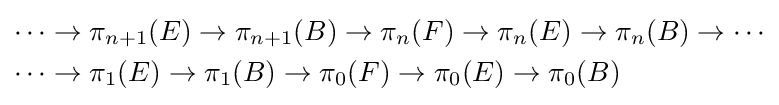
{\begin{aligned}\cdots &\to \pi _{n+1}(E)\to \pi _{n+1}(B)\to \pi _{n}(F)\to \pi _{n}(E)\to \pi _{n}(B)\to \cdots \\\cdots &\to \pi _{1}(E)\to \pi _{1}(B)\to \pi _{0}(F)\to \pi _{0}(E)\to \pi _{0}(B)\end{aligned}}